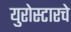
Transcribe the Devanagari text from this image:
युरोस्टारचे